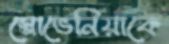
স্লোভেনিয়াকে